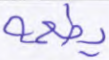
يطعمه